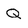
Character: Q